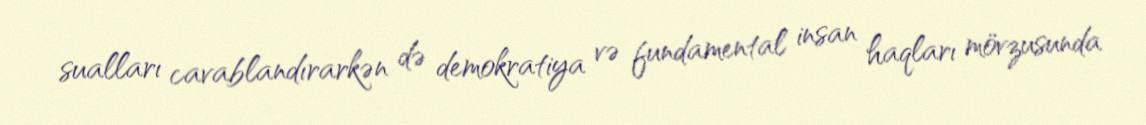
sualları cavablandırarkən də demokratiya və fundamental insan haqları mövzusunda